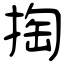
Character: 掏